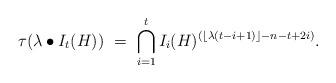
LaTeX: \begin{align*}\tau(\lambda \bullet I_t(H))\ =\ \bigcap_{i=1}^tI_i(H)^{(\lfloor\lambda(t-i+1)\rfloor-n-t+2i)}.\end{align*}